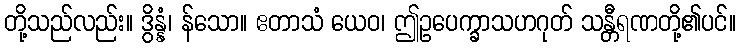
တို့သည်လည်း။ ဒွိန္နံ၊ န်သော။ ဧတာသံ ယေဝ၊ ဤဥပေက္ခာသဟဂုတ် သန္တီရဏတို့၏ပင်။